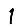
Digit: 1